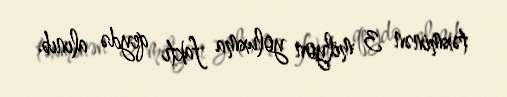
təxminən 3 milyon yoluxma faktı qeydə alınıb.